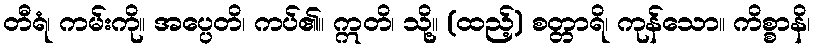
တီရံ၊ ကမ်းကို။ အပ္ပေတိ၊ ကပ်၏။ ဣတိ၊ သို့။ (ထည့်) စတ္တာရိ၊ ကုန်သော။ ကိစ္စာနိ၊